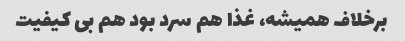
برخلاف همیشه، غذا هم سرد بود هم بی کیفیت